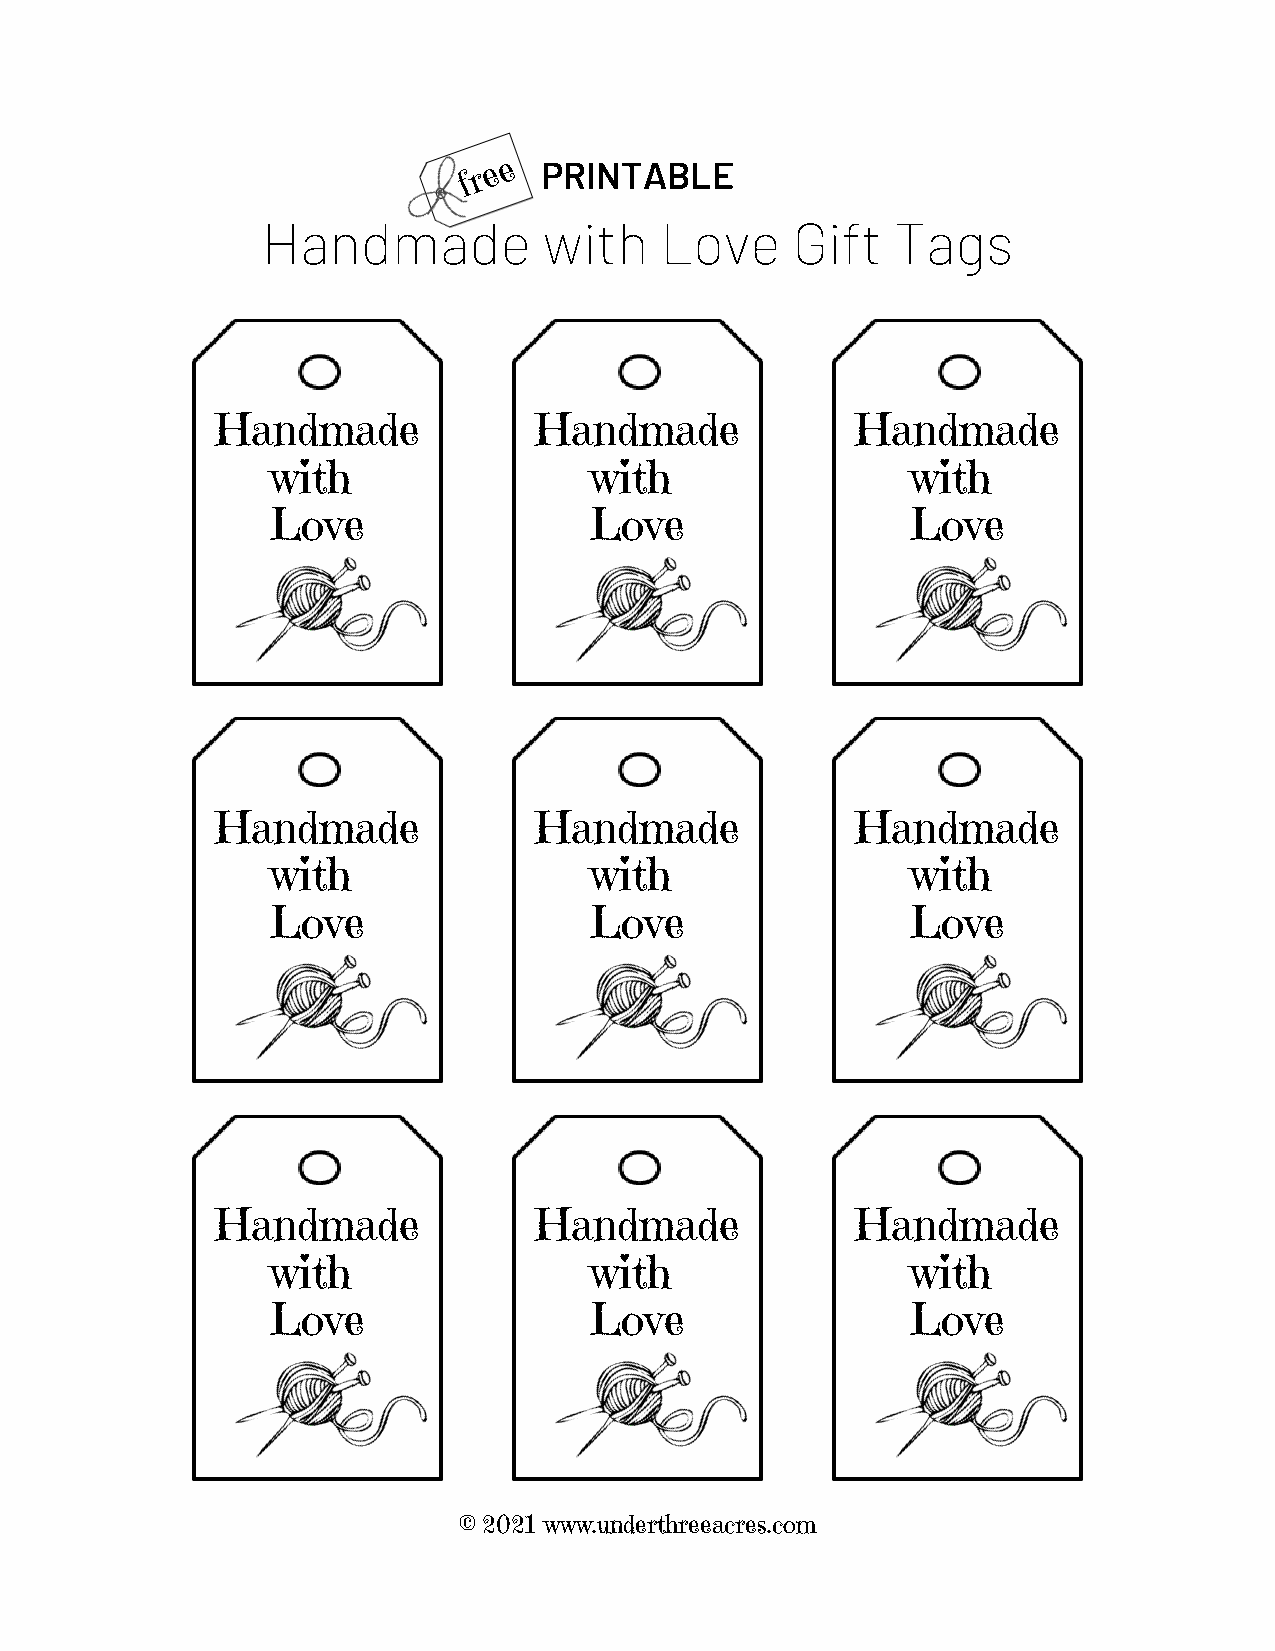
f r e e PRINTABLE
 Handmade           with    Love    Gift   Tags
 Handmade             Handmade              Handmade
 with                 with                 with
 Love                 Love                 Love
 Handmade             Handmade              Handmade
 with                 with                 with
 Love                 Love                 Love
 Handmade             Handmade              Handmade
 with                 with                 with
 Love                 Love                 Love
 © 2021 www.underthreeacres.com